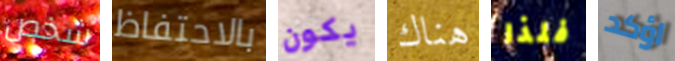
شخص بالاحتفاظ يكون هناك فلذا اؤكد